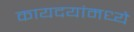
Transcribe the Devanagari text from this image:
कायदयांमध्ये